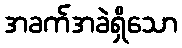
အခက်အခဲရှိသော